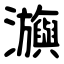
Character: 㶛